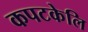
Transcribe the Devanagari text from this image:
कपटकेलि